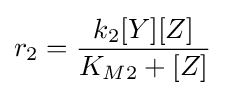
r_{2}={\frac {k_{2}[Y][Z]}{K_{M2}+[Z]}}